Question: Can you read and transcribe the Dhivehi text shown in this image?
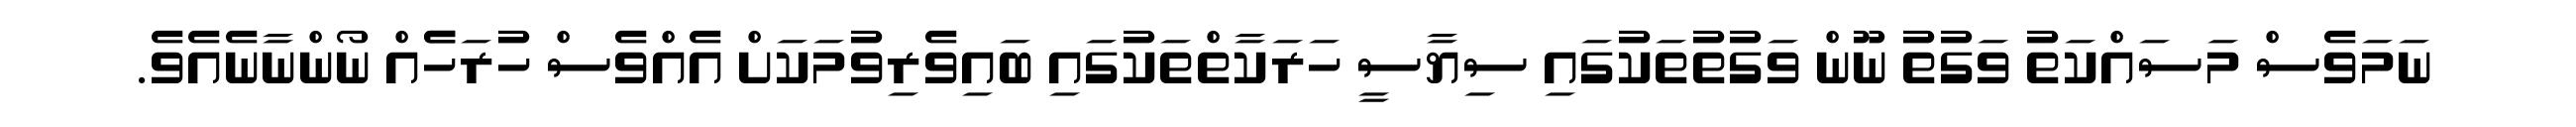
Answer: ނަމަވެސް މަސައްކަތު ވަގުތު ނޫން ވަގުތުތަކުގައި ސިޔާސީ ހަރަކާތްތަކުގައި ބައިވެރިވުމަކަށް އެއްވެސް ހުރަހެެއް ނޯންނާނެއެވެ.